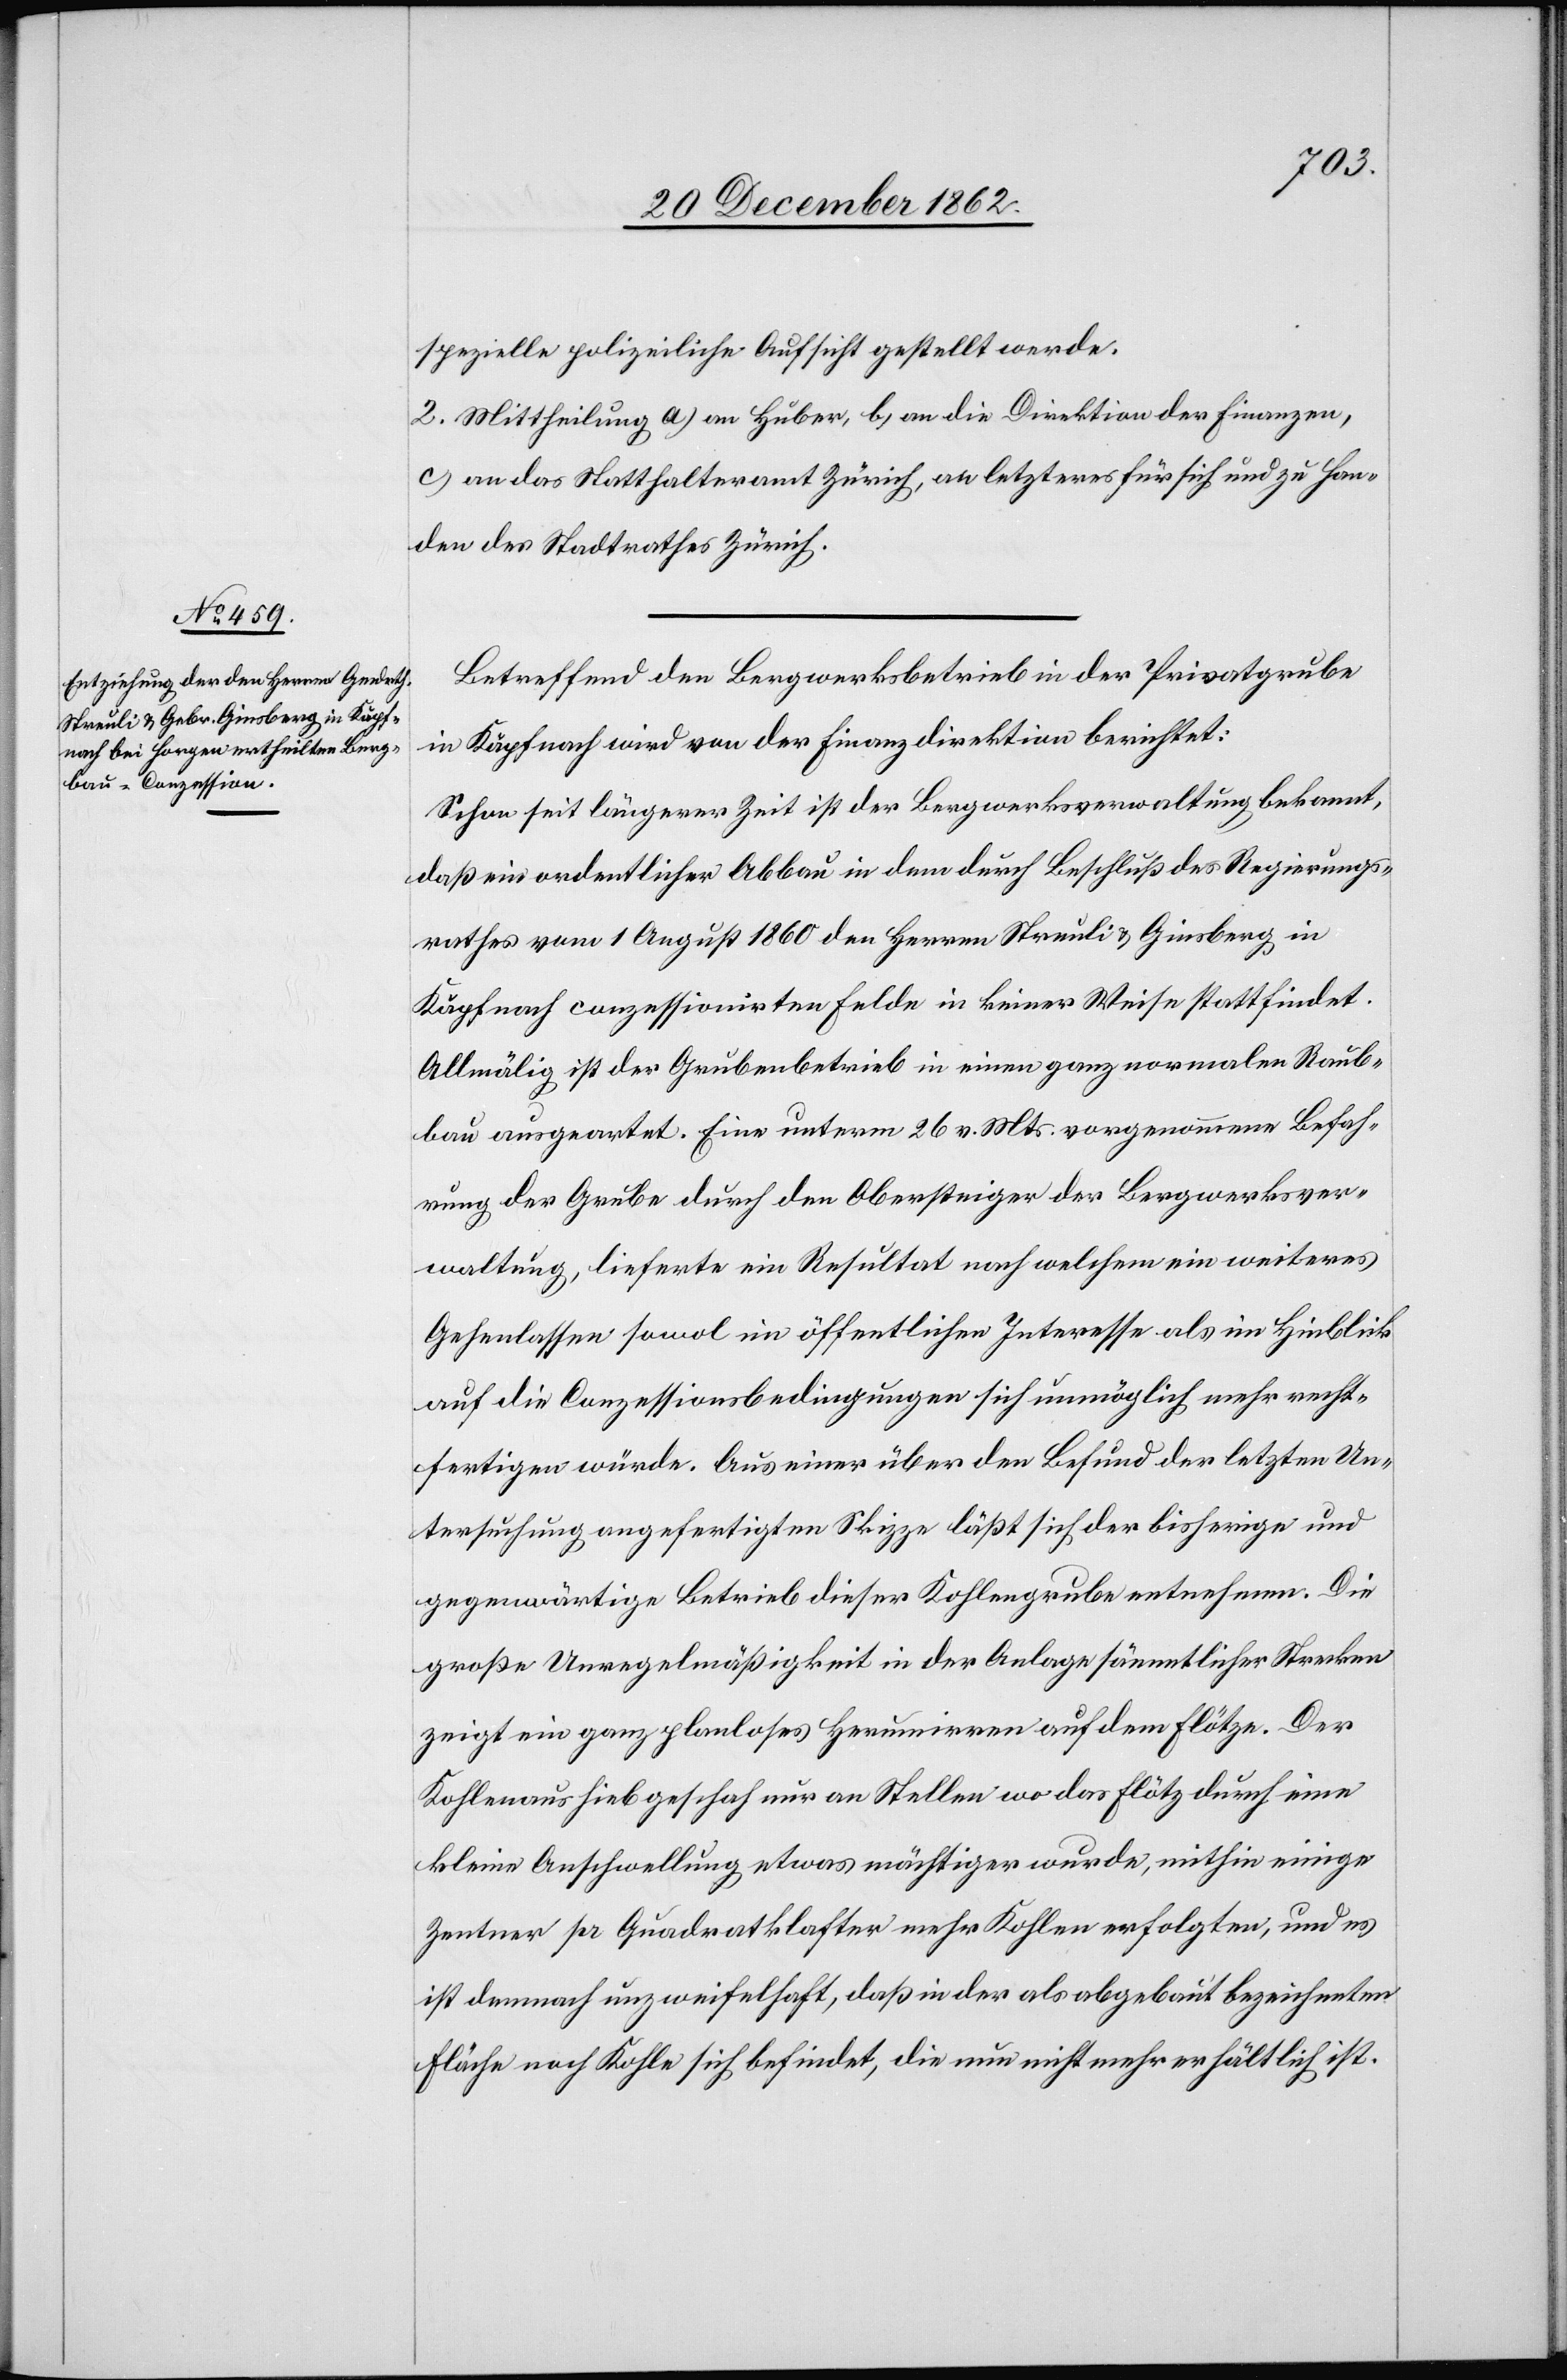
spezielle polizeiliche Aufsicht gestellt werde.
2. Mittheilung a) an Huber, b) an die Direktion der Finanzen,
c) an das Statthalteramt Zürich, an letzteres für sich und zu Han¬
den des Stadtrathes Zürich.
Betreffend den Bergwerksbetrieb in der Privatgrube
in Käpfnach wird von der Finanzdirektion berichtet:
Schon seit längerer Zeit ist der Bergwerksverwaltung bekannt,
daß ein ordentlicher Abbau in dem durch Beschluß des Regierungs¬
rathes vom 1. August 1860 den Herren Streuli u. Ginsberg in
Käpfnach conzessionirten Felde in keiner Weise stattfindet.
Allmälig ist der Grubenbetrieb in einen ganz normalen Raub¬
bau ausgeartet. Eine unterm 26. v. Mts. vorgenommene Befah¬
rung der Grube durch den Obersteiger der Bergwerksver¬
waltung, lieferte ein Resultat nach welchem ein weiteres
Gehenlassen sowol im öffentlichen Interesse als im Hinblick
auf die Conzessionsbedingungen sich unmöglich mehr recht¬
fertigen würde. Aus einer über den Befund der letzten Un¬
tersuchung angefertigten Skizze läßt sich der bisherige und
gegenwärtige Betrieb dieser Kohlengrube entnehmen. Die
große Unregelmäßigkeit in der Anlage sämmtlicher Strecken
zeigt ein ganz planloses Herumirren auf dem Flötze. Der
Kohlenaushieb geschah nur an Stellen wo das Flötz durch eine
kleine Anschwellung etwas mächtiger wurde, mithin einige
Zentner pr. Quadratklafter mehr Kohlen erfolgten, und es
ist demnach unzweifelhaft, daß in der als abgebaut bezeichneten
Fläche noch Kohle sich befindet, die nun nicht mehr erhältlich ist.